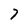
Character: 7